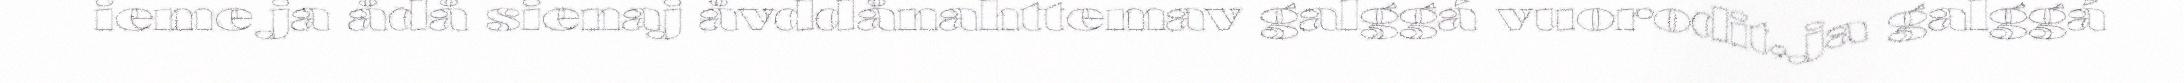
ieme ja ådå sienaj åvddånahttemav galggá vuorodit, ja galggá